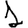
Digit: 1